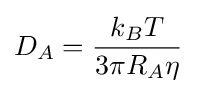
D_{A}={\frac {k_{B}T}{3\pi R_{A}\eta }}